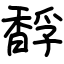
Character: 馟